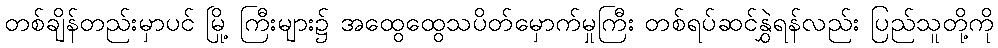
တစ်ချိန်တည်းမှာပင် မြို့ ကြီးများ၌ အထွေထွေသပိတ်မှောက်မှုကြီး တစ်ရပ်ဆင်နွှဲရန်လည်း ပြည်သူတို့ကို